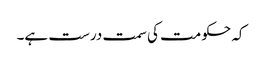
کہ حکومت کی سمت درست ہے۔